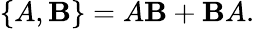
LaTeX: \{ A,\mathbf{B}\} =A\mathbf{B}+\mathbf{B}A.